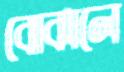
বোঝালে